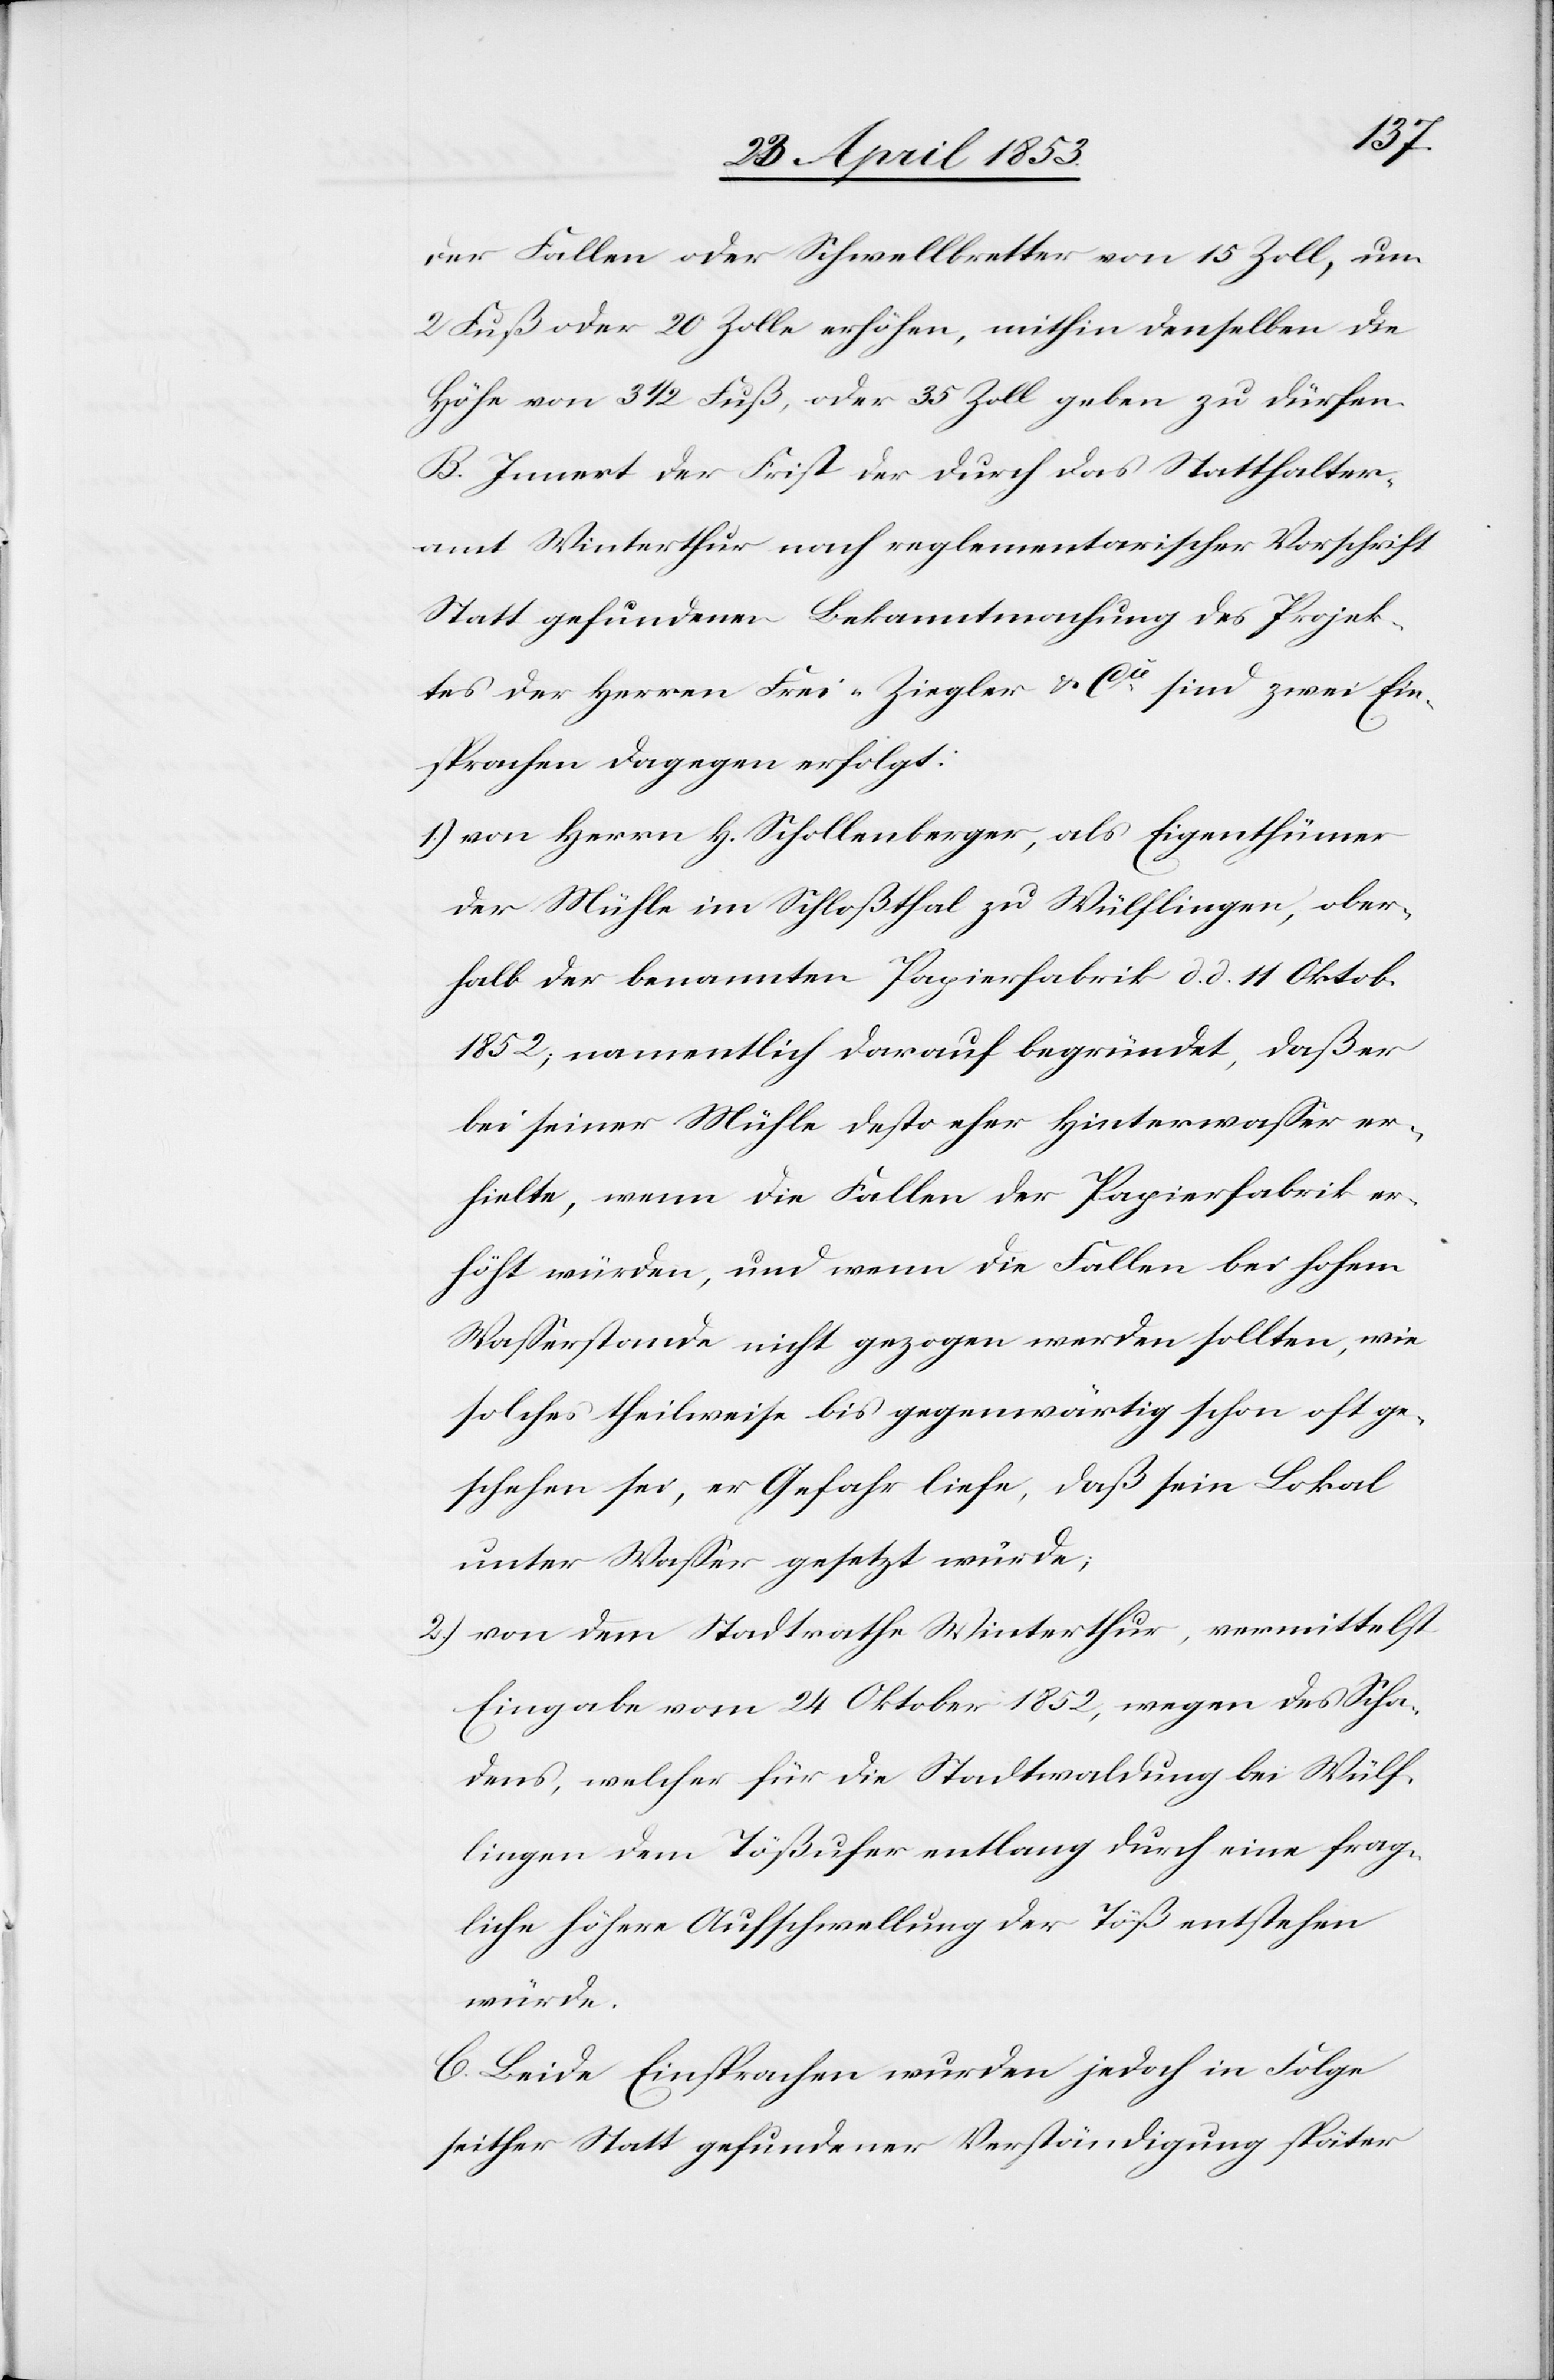
der Fallen oder Schwellbretter von 15 Zoll, um
2 Fuß oder 20 Zoll erhöhen, mithin denselben die
Höhe von 3 1/2 Fuß, oder 35 Zoll geben zu dürfen.
B. Innert der Frist der durch das Statthalter¬
amt Winterthur nach reglementarischer Vorschrift
Statt gefundenen Bekanntmachung des Projek¬
tes der Herrn Frei-Ziegler u. Cie sind zwei Ein¬
sprachen dagegen erfolgt:
1.) von Herrn H. Schollenberger, als Eigenthümer
der Mühle im Schloßthal zu Wülflingen, ober¬
halb der benannten Papierfabrik d. d. 11 Oktob.
1852, namentlich darauf begründet, daß er
bei seiner Mühle desto eher Hinterwaßer er¬
hielte, wenn die Fallen der Papierfabrik er¬
höht würden, und wenn die Fallen bei hohem
Waßerstande nicht gezogen werden sollten, wie
solches theilweise bis gegenwärtig schon oft ge¬
schehen sei, er Gefahr liefe, daß sein Lokal
unter Waßer gesetzt würde;
2.) von dem Stadtrathe Winterthur, vermittelst
Eingabe vom 24 Oktober 1852, wegen des Scha¬
dens, welcher für die Stadtwaldung bei Wülf¬
lingen dem Tößufer entlang durch eine frag¬
liche höhere Aufschwellung der Töß entstehen
würde.
C. Beide Einsprachen wurden jedoch in Folge
seither Statt gefundener Verständigung später